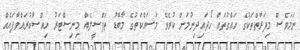
ނަމަވެސް މިފަރާތްތަކުގެ ހައްގުތައް ހޯދައިދިނުމަށް ކުރެވޭ މަސައްކަތުގެ މާބޮޑު ތަފްސީލެއް މިނިސްޓަރު ހިއްސާކުރައްވާފައެއް